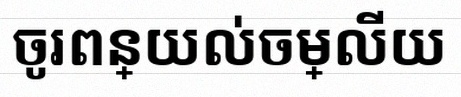
ចូរពន្យល់ចម្លើយ